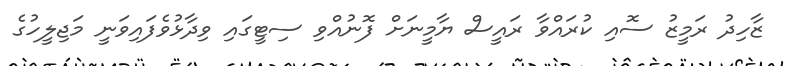
ޒާހިދު ރަމީޒު ސޮއި ކުރައްވާ ރައީސް ޔާމީނަށް ފޮނުއްވި ސިޓީގައި ވިދާޅުވެފައިވަނީ މަޖިލީހުގެ